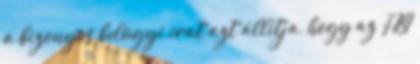
a bizonyos belügyi irat azt állítja, hogy az FBI